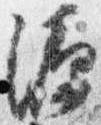
源